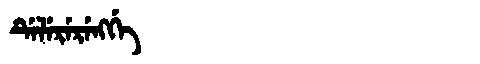
Manchu: ᡩᡝᠯᡝᡵᡝᡵᡝᠩᡤᡝ
Romanization: DELERERENGGE